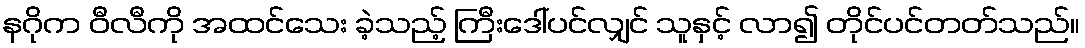
နဂိုက ဝီလီကို အထင်သေး ခဲ့သည့် ကြီးဒေါ်ပင်လျှင် သူနှင့် လာ၍ တိုင်ပင်တတ်သည်။